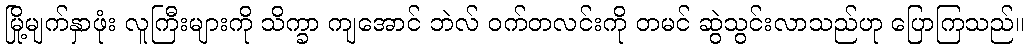
မြို့မျက်နှာဖုံး လူကြီးများကို သိက္ခာ ကျအောင် ဘဲလ် ဝက်တလင်းကို တမင် ဆွဲသွင်းလာသည်ဟု ပြောကြသည်။